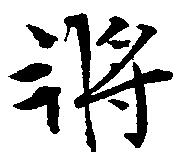
将